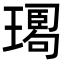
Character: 𤩉